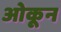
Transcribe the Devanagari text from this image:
ओकून